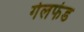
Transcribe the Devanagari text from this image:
गेलफंड